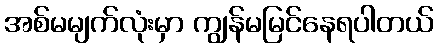
အစ်မမျက်လုံးမှာ ကျွန်မမြင်နေရပါတယ်